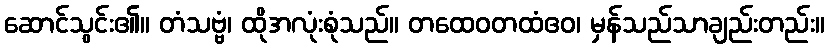
ဆောင်သွင်း၏။ တံသဗ္ဗံ၊ ထိုအလုံးစုံသည်။ တထေဝတထံဧဝ၊ မှန်သည်သာချည်းတည်း။